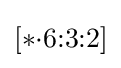
[*{\cdot }6{:}3{:}2]